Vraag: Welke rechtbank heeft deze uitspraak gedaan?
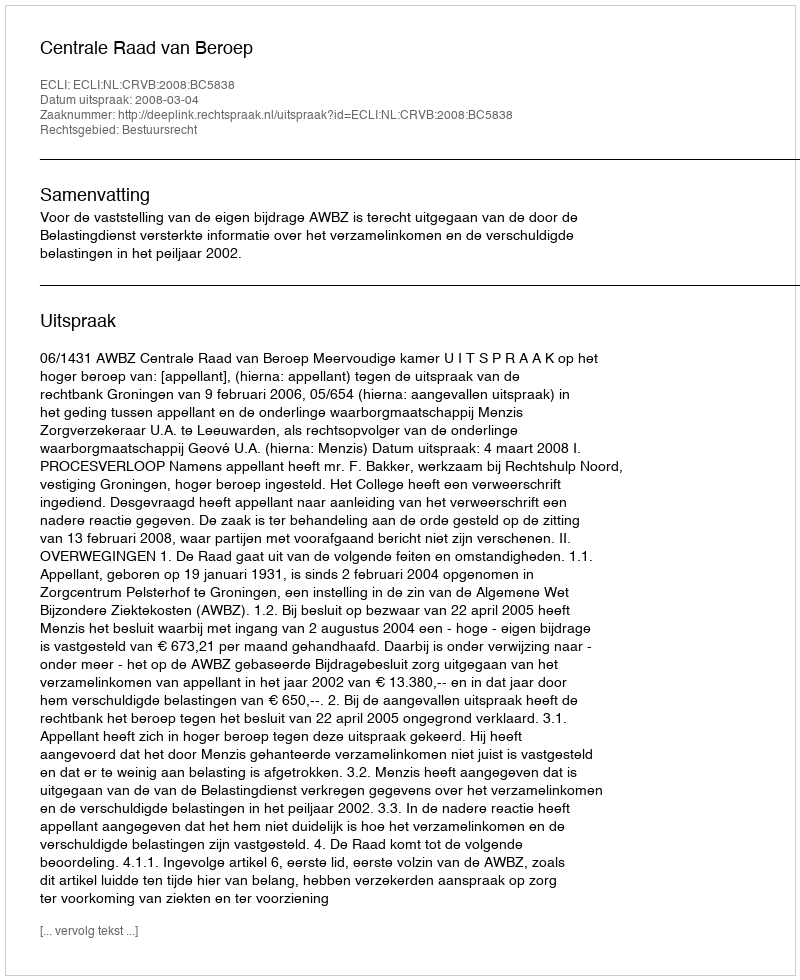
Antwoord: Centrale Raad van Beroep